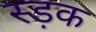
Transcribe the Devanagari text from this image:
स्ड़क